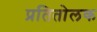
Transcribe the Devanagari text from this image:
प्रतितोलक